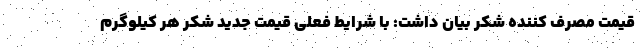
قیمت مصرف کننده شکر بیان داشت: با شرایط فعلی قیمت جدید شکر هر کیلوگرم